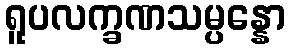
ရူပလက္ခဏသမ္ပန္နော